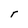
Character: r